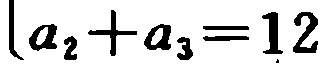
\(a_{2}+a_{3}=12\)